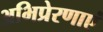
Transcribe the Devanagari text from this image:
अभिप्रेरणाएं